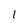
Character: 1